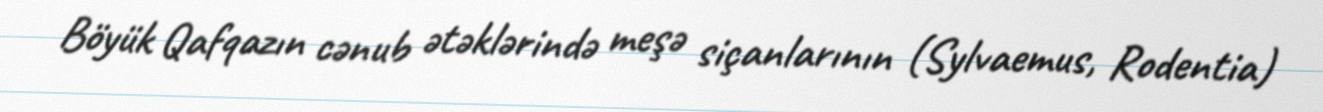
Böyük Qafqazın cənub ətəklərində meşə siçanlarının (Sylvaemus, Rodentia)